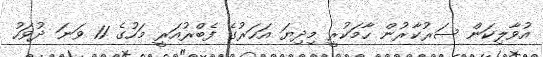
އުވާލިކަން ސަރުކާރުން ހާމަކުރީ މިދިޔަ އަހަރުގެ ފެބްރުއަރީ މަހުގެ 11 ވަނަ ދުވަހު